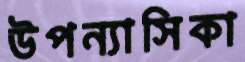
উপন্যাসিকা